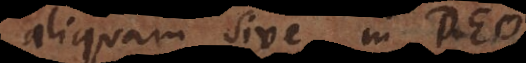
liquam sive in Deo,